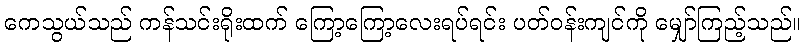
ကေသွယ်သည် ကန်သင်းရိုးထက် ကြော့ကြော့လေးရပ်ရင်း ပတ်ဝန်းကျင်ကို မျှော်ကြည့်သည်။